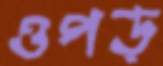
ওপড়